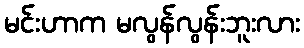
မင်းဟာက မလွန်လွန်းဘူးလား